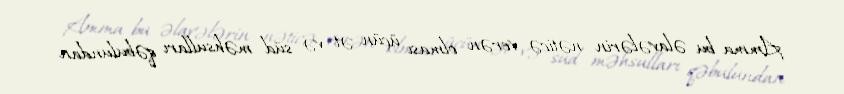
Amma bu əlavələrin nəticə verən olması üçün ət və süd məhsulları qəbulundan